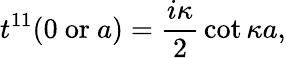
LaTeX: t^{11}(0\mathrm{~or~}a)={\frac{i\kappa}{2}}\cot\kappa a,